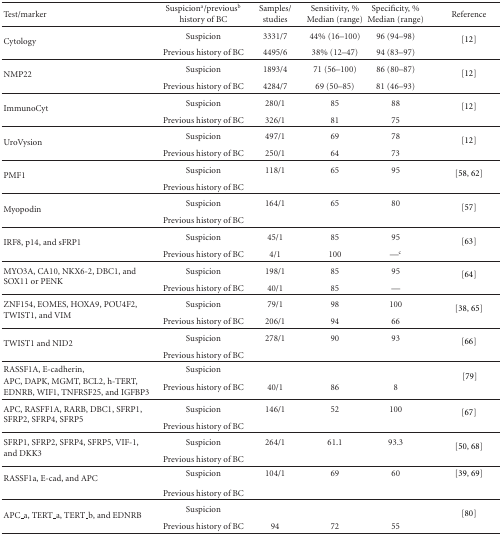
<table><thead><tr><td><b>Test/marker</b></td><td><b>Suspicion<sup>a</sup>/previous<sup>b</sup> history of BC</b></td><td><b>Samples/ studies</b></td><td><b>Sensitivity, % Median (range)</b></td><td><b>Specificity, % Median (range)</b></td><td><b>Reference</b></td></tr></thead><tbody><tr><td rowspan="2">Cytology</td><td>Suspicion</td><td>3331/7</td><td>44% (16–100)</td><td>96 (94–98)</td><td>[12]</td></tr><tr><td>Previous history of BC</td><td>4495/6</td><td>38% (12–47)</td><td>94 (83–97)</td><td></td></tr><tr><td rowspan="2">NMP22</td><td>Suspicion</td><td>1893/4</td><td>71 (56–100)</td><td>86 (80–87)</td><td>[12]</td></tr><tr><td>Previous history of BC</td><td>4284/7</td><td>69 (50–85)</td><td>81 (46–93)</td><td></td></tr><tr><td rowspan="2">ImmunoCyt</td><td>Suspicion</td><td>280/1</td><td>85</td><td>88</td><td>[12]</td></tr><tr><td>Previous history of BC</td><td>326/1</td><td>81</td><td>75</td><td></td></tr><tr><td rowspan="2">UroVysion</td><td>Suspicion</td><td>497/1</td><td>69</td><td>78</td><td>[12]</td></tr><tr><td>Previous history of BC</td><td>250/1</td><td>64</td><td>73</td><td></td></tr><tr><td rowspan="2">PMF1</td><td>Suspicion</td><td>118/1</td><td>65</td><td>95</td><td>[58, 62]</td></tr><tr><td>Previous history of BC</td><td></td><td></td><td></td><td></td></tr><tr><td rowspan="2">Myopodin</td><td>Suspicion</td><td>164/1</td><td>65</td><td>80</td><td>[57]</td></tr><tr><td>Previous history of BC</td><td></td><td></td><td></td><td></td></tr><tr><td rowspan="2">IRF8, p14, and sFRP1</td><td>Suspicion</td><td>45/1</td><td>85</td><td>95</td><td>[63]</td></tr><tr><td>Previous history of BC</td><td>4/1</td><td>100</td><td>—<sup>c</sup></td><td></td></tr><tr><td rowspan="2">MYO3A, CA10, NKX6-2, DBC1, and SOX11 or PENK</td><td>Suspicion</td><td>198/1</td><td>85</td><td>95</td><td>[64]</td></tr><tr><td>Previous history of BC</td><td>40/1</td><td>85</td><td>—</td><td></td></tr><tr><td rowspan="2">ZNF154, EOMES, HOXA9, POU4F2, TWIST1, and VIM</td><td>Suspicion</td><td>79/1</td><td>98</td><td>100</td><td>[38, 65]</td></tr><tr><td>Previous history of BC</td><td>206/1</td><td>94</td><td>66</td><td></td></tr><tr><td rowspan="2">TWIST1 and NID2</td><td>Suspicion</td><td>278/1</td><td>90</td><td>93</td><td>[66]</td></tr><tr><td>Previous history of BC</td><td></td><td></td><td></td><td></td></tr><tr><td>RASSF1A, E-cadherin,</td><td>Suspicion</td><td></td><td></td><td></td><td rowspan="2">[79]</td></tr><tr><td>APC, DAPK, MGMT, BCL2, h-TERT, EDNRB, WIF1, TNFRSF25, and IGFBP3</td><td>Previous history of BC</td><td>40/1</td><td>86</td><td>8</td></tr><tr><td rowspan="2">APC, RASFF1A, RARB, DBC1, SFRP1, SFRP2, SFRP4, SFRP5</td><td>Suspicion</td><td>146/1</td><td>52</td><td>100</td><td>[67]</td></tr><tr><td>Previous history of BC</td><td></td><td></td><td></td><td></td></tr><tr><td rowspan="2">SFRP1, SFRP2, SFRP4, SFRP5, VIF-1, and DKK3</td><td>Suspicion</td><td>264/1</td><td>61.1</td><td>93.3</td><td>[50, 68]</td></tr><tr><td>Previous history of BC</td><td></td><td></td><td></td><td></td></tr><tr><td rowspan="2">RASSF1a, E-cad, and APC</td><td>Suspicion</td><td>104/1</td><td>69</td><td>60</td><td> [39, 69] </td></tr><tr><td>Previous history of BC</td><td></td><td></td><td></td><td></td></tr><tr><td rowspan="2">APC_a, TERT_a, TERT_b, and EDNRB</td><td>Suspicion</td><td></td><td></td><td></td><td>[80]</td></tr><tr><td>Previous history of BC</td><td>94</td><td>72</td><td>55</td><td></td></tr></tbody></table>